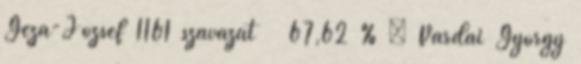
Géza-József 1161 szavazat 67,62 % – Várdai György